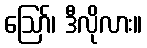
ဪ၊ ဒီလိုလား။